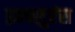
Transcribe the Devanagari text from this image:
इन्फ्लुएंस